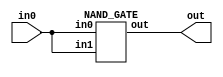
module NOT_GATE(
     input wire       in0,
     output wire       out
);
    NAND_GATE NAND(
        .in0    (in0    ),
        .in1    (in0    ),
        .out    (out    )
    );
endmodule

module NAND_GATE(
     input wire       in0,
     input wire       in1,
     output wire       out
);
    assign out = ~ ( in0 & in1 );
endmodule